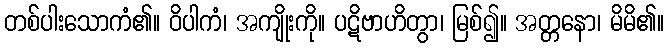
တစ်ပါးသောကံ၏။ ဝိပါကံ၊ အကျိုးကို။ ပဋိဗာဟိတွာ၊ မြစ်၍။ အတ္တနော၊ မိမိ၏။